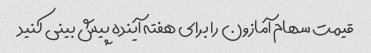
قیمت سهام آمازون را برای هفته آینده پیش بینی کنید